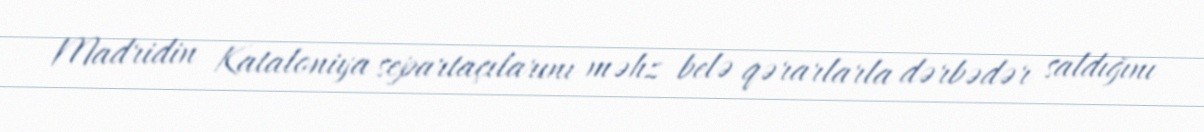
Madridin Kataloniya separtaçılarını məhz belə qərarlarla dərbədər saldığını